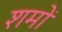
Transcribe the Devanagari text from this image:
शमों